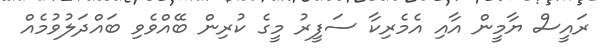
ރައީސް ޔާމީން އާއި އެމެރިކާ ސަފީރު މީގެ ކުރިން ބޭއްވެވި ބައްދަލުވުމެއް